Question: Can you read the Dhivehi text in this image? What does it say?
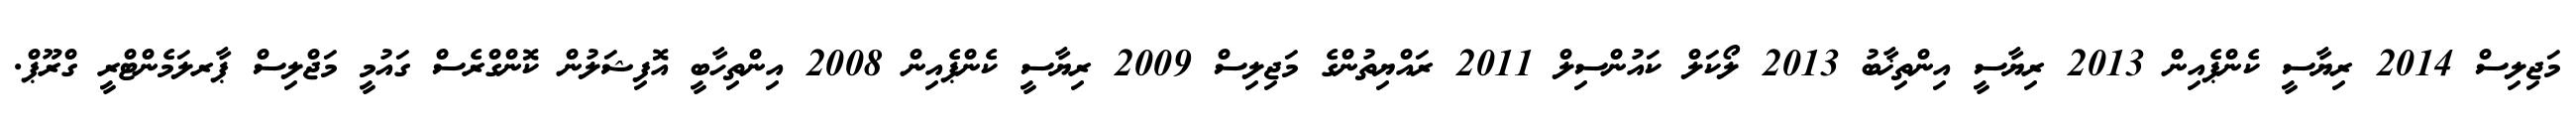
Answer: މަޖިލިސް 2014 ރިޔާސީ ކެންޕެއިން 2013 ރިޔާސީ އިންތިޚާބު 2013 ލޯކަލް ކައުންސިލް 2011 ރައްޔިތުންގެ މަޖިލިސް 2009 ރިޔާސީ ކެންޕެއިން 2008 އިންތިހާބީ އޮފިޝަލުން ކޮންގްރެސް ގައުމީ މަޖްލިސް ޕާރލަމެންޓްރީ ގްރޫޕް.